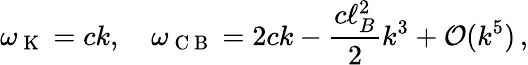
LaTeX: \omega_{\mathrm{~K~}}=ck,\quad\omega_{\mathrm{~C~B~}}=2ck-\frac{c\ell_{B}^{2}}{2}k^{3}+\mathcal{O}(k^{5})\, ,